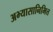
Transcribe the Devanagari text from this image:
अभ्यासानिमित्त